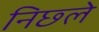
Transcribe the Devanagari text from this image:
निछ्ले